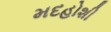
મદહોશી